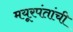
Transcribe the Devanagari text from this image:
मयूरपंतांची